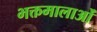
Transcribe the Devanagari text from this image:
भक्तमालाओं